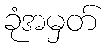
ခုံအမှတ်